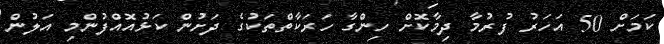
ކަމަށް 50 އަހަރު ފުރުމާ ދިމާކޮށް ހިންގާ ހަރަކާތްތަކުގެ ދަށުން ކަޅުއޮއްފުންމި އަލުން